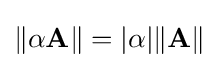
\|\alpha \mathbf {A} \|=|\alpha |\|\mathbf {A} \|